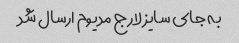
به جای سایز لارج مدیوم ارسال شد